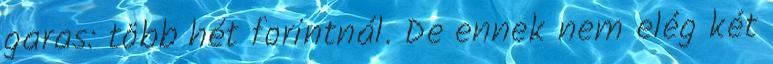
garas: több hét forintnál. De ennek nem elég két